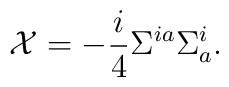
{\cal X}=-\frac{i}{4}\Sigma^{ia}\Sigma^{i}_a.